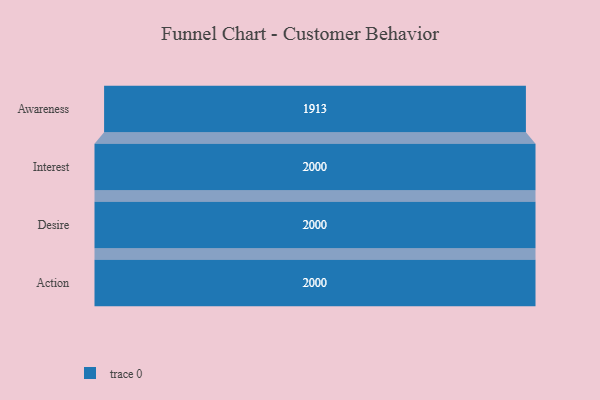
{"axis": {"x": "Stage", "y": "Value"}, "legend": [""], "data": [{"x": "Awareness", "y": 1913.0, "type": ""}, {"x": "Interest", "y": 2000, "type": ""}, {"x": "Desire", "y": 2000, "type": ""}, {"x": "Action", "y": 2000, "type": ""}]}